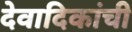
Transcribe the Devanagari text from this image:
देवादिकांची